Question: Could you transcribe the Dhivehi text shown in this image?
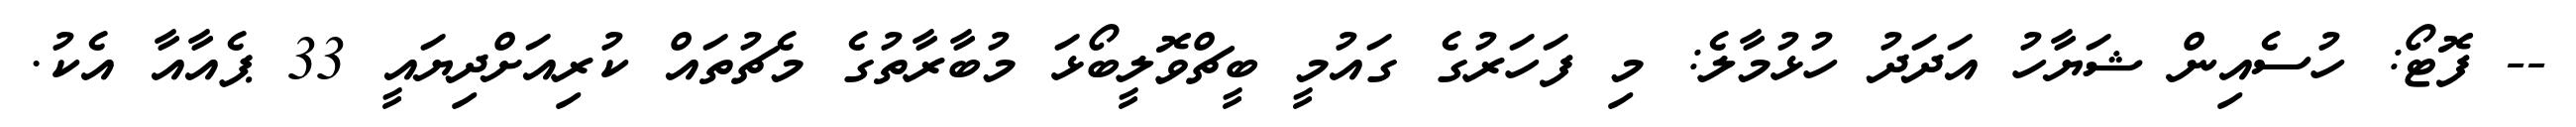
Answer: -- ފޮޓޯ: ހުސެއިން ޝަޔާހު އަދަދު ހުޅުމާލެ: މި ފަހަރުގެ ގައުމީ ބީޗްވޮލީބޯޅަ މުބާރާތުގެ މެޗުތައް ކުރިއަށްދިޔައީ 33 ޕެއާއާ އެކު.